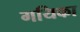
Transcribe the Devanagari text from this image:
गयिका